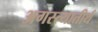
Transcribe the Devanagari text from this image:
अगस्त्यातीर्थ